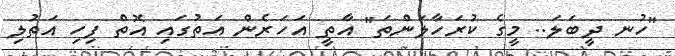
"ހުނ ދީބަލަ.. މީގެ ކުރަހާލަންތަ" އާތީ އަހަރެން އަތުގައި އޮތް ފިހި އަތުލި